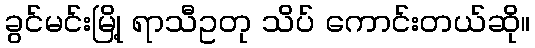
ခွင်မင်းမြို့ ရာသီဥတု သိပ် ကောင်းတယ်ဆို။